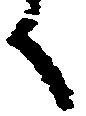
く